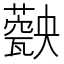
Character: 𤮡